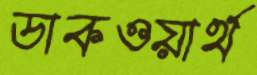
ডাকওয়ার্থ